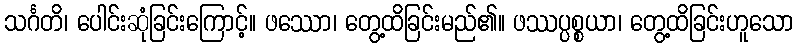
သင်္ဂတိ၊ ပေါင်းဆုံခြင်းကြောင့်။ ဖဿော၊ တွေ့ထိခြင်းမည်၏။ ဖဿပ္ပစ္စယာ၊ တွေ့ထိခြင်းဟူသော